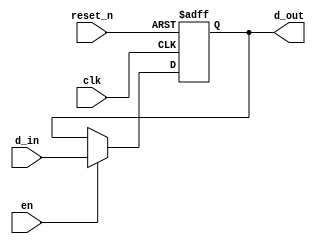
module register32_r_en(clk, reset_n, d_in, d_out, en);		//module of 32-bit resettable and enable register
	input clk, reset_n, en;					//input ports clk - clock, reset_n - ~reset, en - enable signal 
	input [31:0] d_in;						//32-bit input data to register
	output reg[31:0] d_out;					//32-bit output data from register
	
	always@(posedge clk or negedge reset_n)	//always statement, whenever clk is rising edge or reset_n is falling edge
	begin
		if(reset_n==0) d_out<=32'b0;				//if reset_n is 0 , d_out is 0 - reset activated
		else if(en==1) d_out<=d_in;				//else if en==1, d_dout is d_in
	else				d_out<=d_out;					//else(en==0), register print previous d_out
	end
endmodule												//endmodule